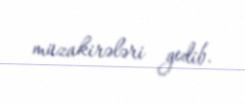
müzakirələri gedib.